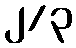
၂/၃